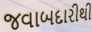
જવાબદારીથી